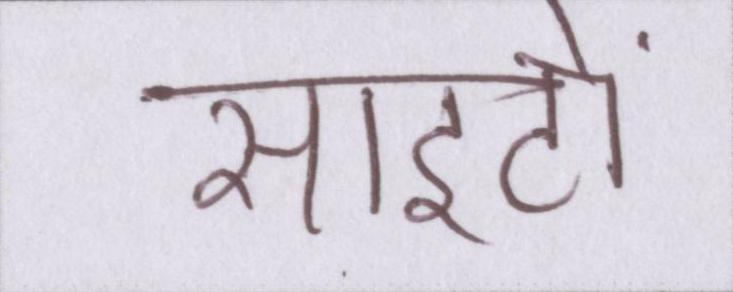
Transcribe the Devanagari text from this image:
साइटों